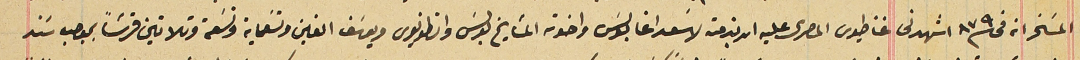
المسَخر انه فى سنة ٨٧٩ اشهدنى غناطيوس المصرى عليه ان بذمته لاسَعد اغا بولسَ واخوته المشايخ بولسَ وانطونيوس ويوسَف الفين وتسَعماية وتسعة وتلاتين قرشاً بموجب سَند